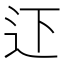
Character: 𨑜